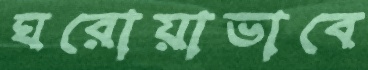
ঘরোয়াভাবে